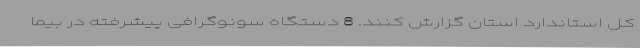
کل استاندارد استان گزارش کنند. 8 دستگاه سونوگرافی پیشرفته در بیما